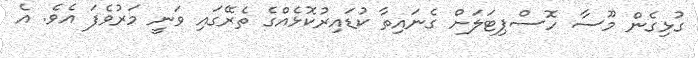
ގުޅިގެން މޫސާ ހޮސްޕިޓަލަށް ގެނައިތާ ކުޑައިރުކޮޅެއްގެ ތެރޭގައި ވަނީ މަރުވެފަ އެވެ. އެ